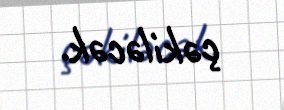
çəkiləcək.